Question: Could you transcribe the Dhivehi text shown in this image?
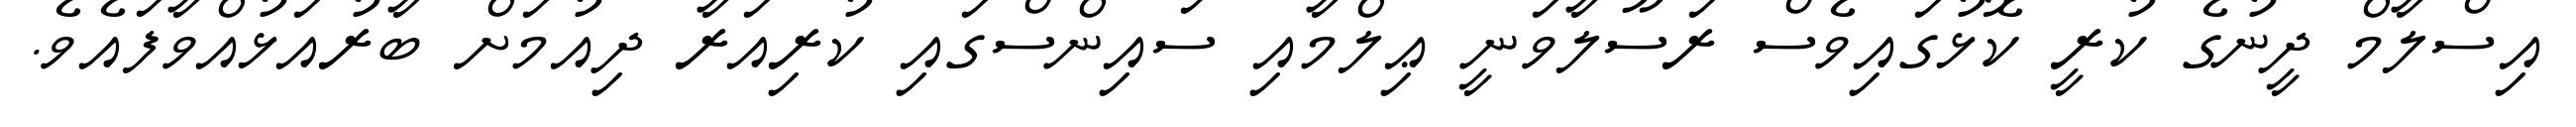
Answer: އިސްލާމް ދީނުގެ ކުރީ ކޮޅުގައިވެސް ރަސޫލާވަނީ ޢިލްމާއި ސައިންސްގައި ކުރިއަރާ ދިއުމަށް ބާރުއަޅުއްވާފައެވެ.